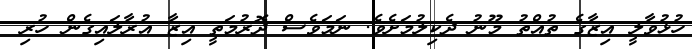
ހުޅުވާލީ އިޒާގެ ތުއްތު މޫނު ދެކިލުމަށެވެ. ނަމަވެސް ދޮރުމަތީ އިޒާ އުރާލައިގެން ހުރި